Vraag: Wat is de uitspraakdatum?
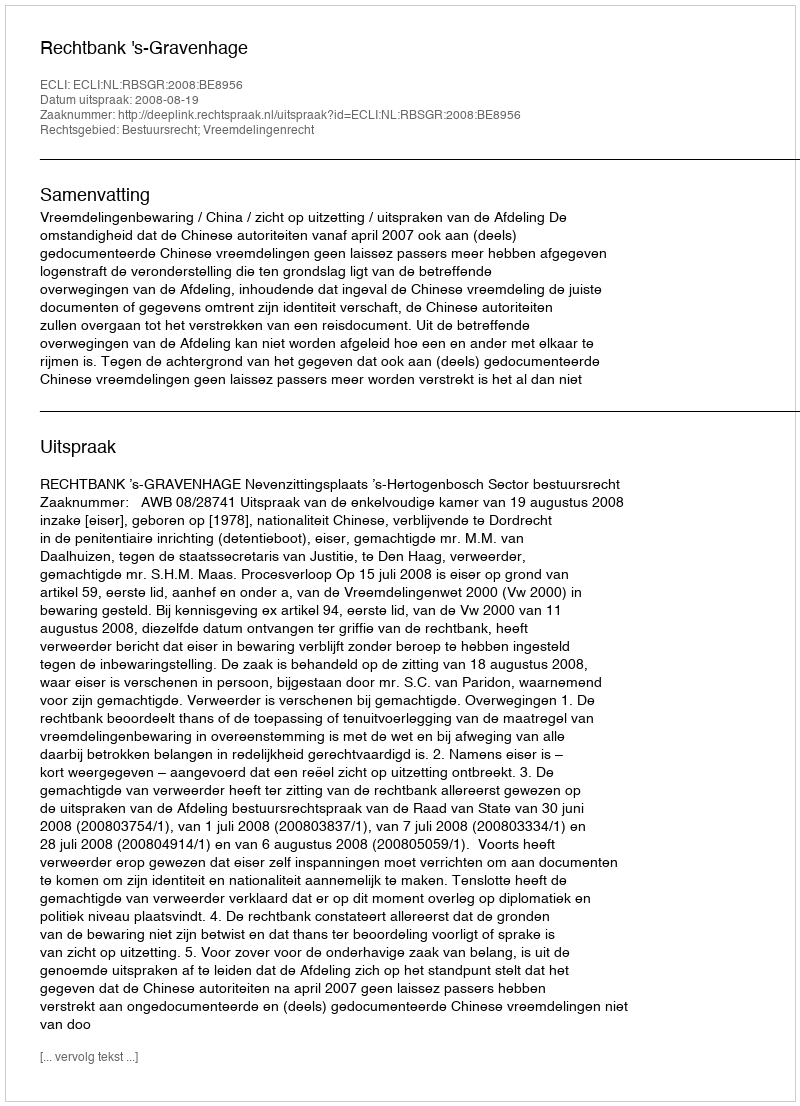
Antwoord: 2008-08-19